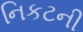
નિકટની